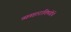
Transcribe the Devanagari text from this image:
व्यवहाराविषयीचे